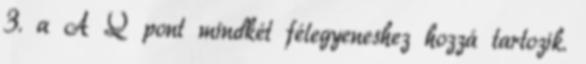
3. a A Q pont mindkét félegyeneshez hozzá tartozik.